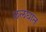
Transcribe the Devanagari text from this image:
छलघात